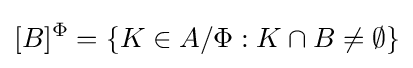
[B]^{\Phi }=\{K\in A/\Phi :K\cap B\neq \emptyset \}